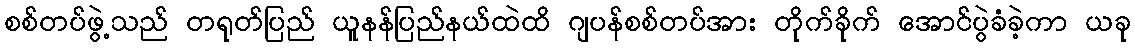
စစ်တပ်ဖွဲ့သည် တရုတ်ပြည် ယူနန်ပြည်နယ်ထဲထိ ဂျပန်စစ်တပ်အား တိုက်ခိုက် အောင်ပွဲခံခဲ့ကာ ယခု